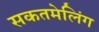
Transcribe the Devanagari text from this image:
सकतमेलिंग